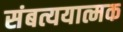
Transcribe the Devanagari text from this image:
संबत्ययात्मक